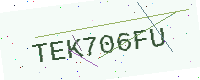
Text: TEK706FU